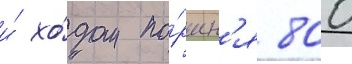
и́ хо́дом по́ршн'я 800